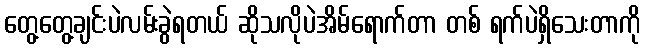
တွေ့တွေ့ချင်းပဲလမ်းခွဲရတယ် ဆိုသလိုပဲအိမ်ရောက်တာ တစ် ရက်ပဲရှိသေးတာကို